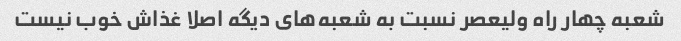
شعبه چهار راه ولیعصر نسبت به شعبه‌های دیگه اصلا غذاش خوب نیست